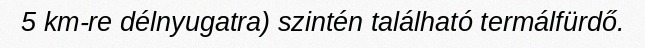
5 km-re délnyugatra) szintén található termálfürdő.